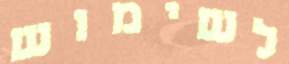
לשימוש